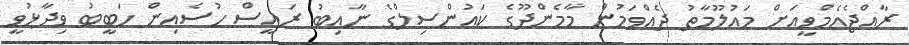
ރާއްޖެއެމްވީއަށް މައުލޫމާތު ދެއްވަމުން މާމެންދޫގެ ކައުންސިލްގެ ނާއިބު ރައީސް ހުސެއިން ހަބީބު ވިދާޅުވީ